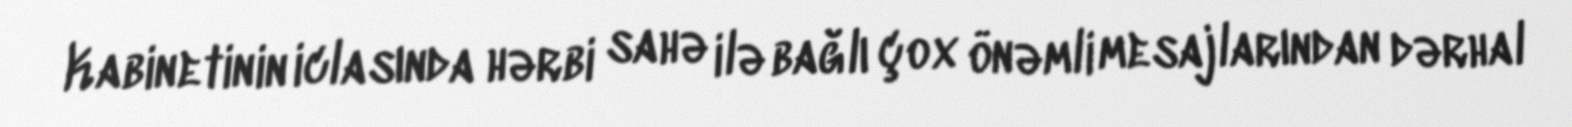
Kabinetinin iclasında hərbi sahə ilə bağlı çox önəmli mesajlarından dərhal